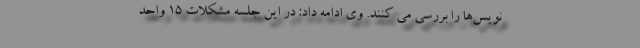
نویس‌ها را بررسی می کنند. وی ادامه داد: در این جلسه مشکلات ۱۵ واحد